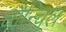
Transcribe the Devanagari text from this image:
चौन्चिल